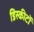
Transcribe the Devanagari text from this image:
डिस्कीटों